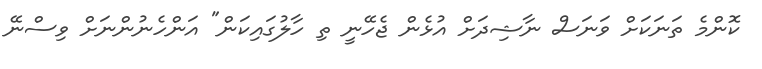
ކޮންމެ ތަނަކަށް ވަނަސް ނާޝިދަށް އުޅެން ޖެހޭނީ ތި ހާލުގައިކަން" އަންހެނުންނަށް ވިސްނޭ